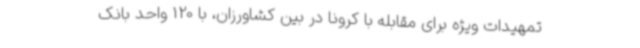
تمهیدات ویژه برای مقابله با کرونا در بین کشاورزان، با 120 واحد بانک